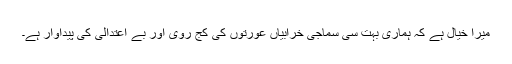
میرا خیال ہے کہ ہماری بہت سی سماجی خرابیاں عورتوں کی کج روی اور بے اعتدالی کی پیداوار ہے۔